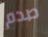
صدم